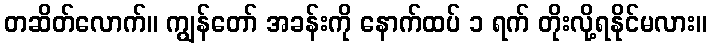
တဆိတ်လောက်။ ကျွန်တော် အခန်းကို နောက်ထပ် ၁ ရက် တိုးလို့ရနိုင်မလား။